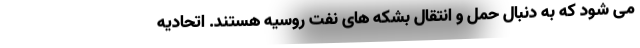
می شود که به دنبال حمل و انتقال بشکه های نفت روسیه هستند. اتحادیه